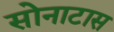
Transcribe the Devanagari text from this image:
सोनाटास